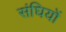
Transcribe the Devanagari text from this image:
संघियों